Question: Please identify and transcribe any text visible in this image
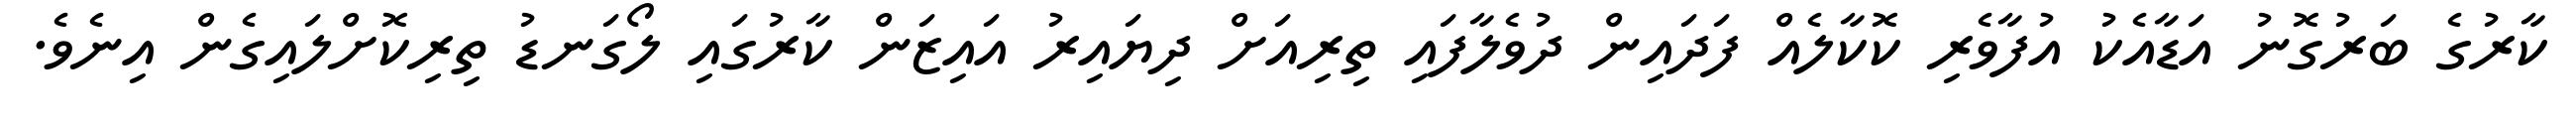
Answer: ކާރުގެ ބަރުގޮނު އަޑާއެކު އުފާވެރި ކޮކާލެއް ފަދައިން ދުވެލާފައި ތިރިއަށް ދިޔައިރު އައިޒަން ކާރުގައި ލޯގަނޑު ތިރިކޮށްލައިގެން އިނެވެ.